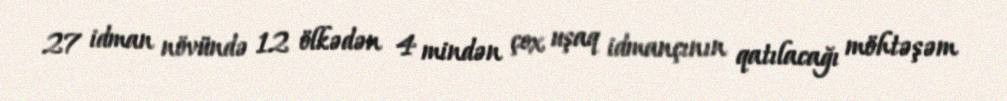
27 idman növündə 12 ölkədən 4 mindən çox uşaq idmançının qatılacağı möhtəşəm